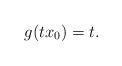
LaTeX: \begin{align*} g(tx_0)=t. \end{align*}